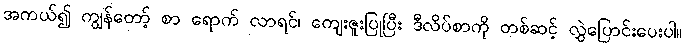
အကယ်၍ ကျွန်တော့် စာ ရောက် လာရင်၊ ကျေးဇူးပြုပြီး ဒီလိပ်စာကို တစ်ဆင့် လွှဲပြောင်းပေးပါ။